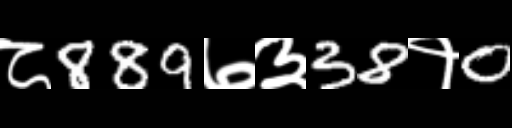
Text: ८889७३38१0